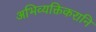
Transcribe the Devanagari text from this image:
अभिव्यक्तिकरानि